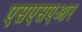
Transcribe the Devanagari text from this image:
एसएसएआर